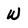
Character: W